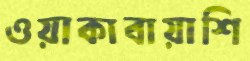
ওয়াকাবায়াশি